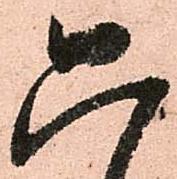
只